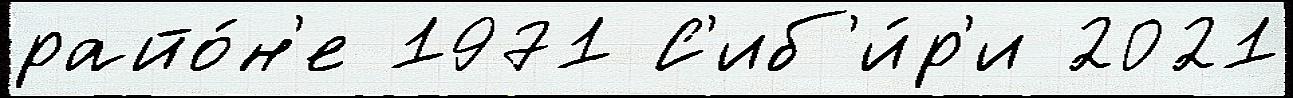
райо́н'е 1971 С'иб'и́р'и 2021